Vaccination in Bombay 1924-1928 - 1924-1928
Year: 1924
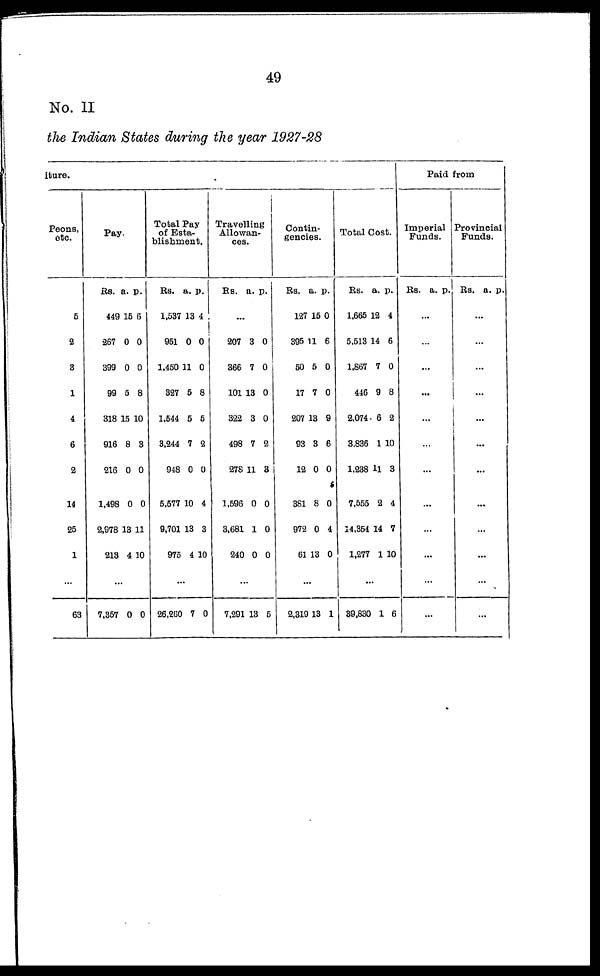
49
No. II
the Indian States during the year 1927-28
iture.
Peons,
etc.
5
2
3
1
4
6
2
14
25
1
...
63
Pay.
Rs.
449
267
399
99
318
916
216
1,498
2,978
213
a.
15
0
0
5
15
8
0
0
13
4
p.
6
0
0
8
10
3
0
0
11
10
...
7,357 0 0
Total Pay
of Esta-
blishment.
Rs.
1,537
951
1,450
327
1,544
3,244
948
5,577
9,701
975
a.
13
0
11
5
5
7
0
10
13
4
p.
4
0
0
8
6
2
0
4
3
10
...
26,260 7 0
Travelling
Allowan-
ces.
Rs. a. p.
...
207
366
101
322
498
278
1,596
3,681
240
3
7
13
3
7
11
0
1
0
0
0
0
0
2
3
0
0
0
...
7,291 13 5
Contin-
gencies.
Rs.
127
395
50
17
207
93
12
381
972
61
a.
15
11
5
7
13
3
0
8
0
13
p.
0
6
0
0
9
6
0
0
4
0
...
2,319 13 1
Total Cost.
Rs.
1,665
5,513
1,867
446
2,074
3,836
1,238
7,555
14,354
1,277
a.
12
14
7
9
6
1
11
2
14
1
p.
4
6
0
8
2
10
3
4
7
10
...
39,830 1 6
Paid from
Imperial
Funds.
Rs. a. p.
...
...
...
...
...
...
...
...
...
...
...
...
Provincial
Funds.
Rs. a. p.
...
...
...
...
...
...
...
...
...
...
...
...